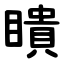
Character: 瞶